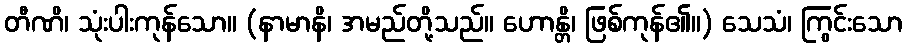
တီဏိ၊ သုံးပါးကုန်သော။ (နာမာနိ၊ အမည်တို့သည်။ ဟောန္တိ၊ ဖြစ်ကုန်၏။) သေသံ၊ ကြွင်းသော